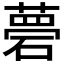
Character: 𥕗